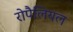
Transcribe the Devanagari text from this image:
रोपैलियल